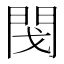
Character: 𨳮